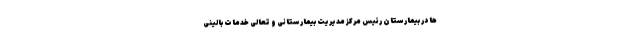
‌ها در بیمارستان رئیس مرکز مدیریت بیمارستانی و تعالی خدمات بالینی